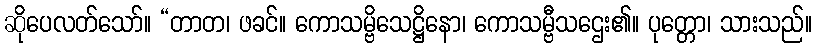
ဆိုပေလတ်သော်။ “တာတ၊ ဖခင်။ ကောသမ္ဗိသေဋ္ဌိနော၊ ကောသမ္ဗီသဌေး၏။ ပုတ္တော၊ သားသည်။